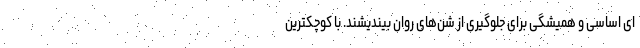
ای اساسی و همیشگی برای جلوگیری از شن‌های روان بیندیشند. با کوچکترین